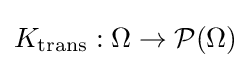
K_{\text{trans}}:\Omega \to {\mathcal {P}}(\Omega )